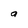
Character: a